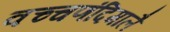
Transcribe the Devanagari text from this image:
वच्चणंदिमालै